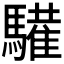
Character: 𩦘